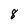
Character: 8